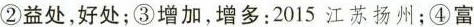
②益处，好处；③增加，增多：2015江苏扬州；④富